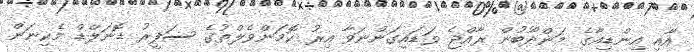
އާއި އިންޑިއާގެ މަންދޫބުން ރާއްޖެ ވަޑައިގަންނަވާ އިރު ކޮމަންވެލްތުގެ ސަފީރު ޑޮނަލްޑް މެކިނަން